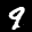
Label: 9